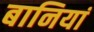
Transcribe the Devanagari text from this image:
बानियां